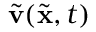
\widetilde { { \mathbf v } } ( \widetilde { { \mathbf x } } , t )